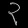
Digit: ၃